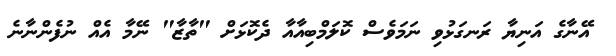
އޭނާގެ އަނިޔާ ރަނގަޅުވި ނަމަވެސް ކޮލަމްބިއާއާ ދެކޮޅަށް "ތާޒާ" ނޭމާ އެއް ނުފެންނާނެ